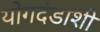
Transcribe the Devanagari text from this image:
योगदंडाशी